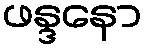
ဖန္ဒနော